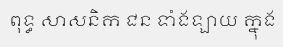
ពុទ្ធ សាសនិក ជន ទាំងឡាយ ក្នុង